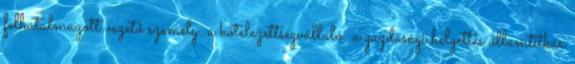
felhatalmazott vezető személy. a kötelezettségvállaló: a gazdasági helyettes államtitkár